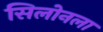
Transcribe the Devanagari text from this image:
सिलोनला